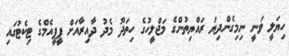
ހިޔަލީ ވަނީ ނިމިގެންދިޔަ ރައްޔިތުންގެ މަޖްލީހުގެ ހިތަދޫ މެދު ދާއިރާއަށް ޕީޕީއެމްގެ ޓިކެޓުގައި